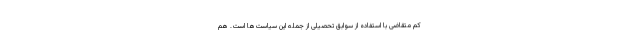
کم متقاضی با استفاده از سوابق تحصیلی از جمله این سیاست‌ها است. هم